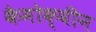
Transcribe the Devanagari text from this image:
कैमोक्वीन